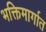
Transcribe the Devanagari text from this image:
भक्तिमार्गात